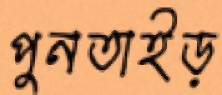
পুনতাইড়